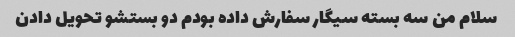
سلام من سه بسته سیگار سفارش داده بودم دو بستشو تحویل دادن